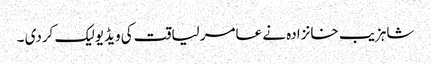
شاہزیب خانزادہ نے عامر لیاقت کی ویڈیو لیک کردی ۔